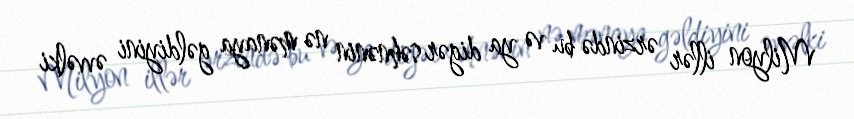
Milyon illər ərzində bu və ya digər səhnənin nə mənaya gəldiyini əvvəlki